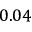
0 . 0 4